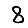
Digit: 8